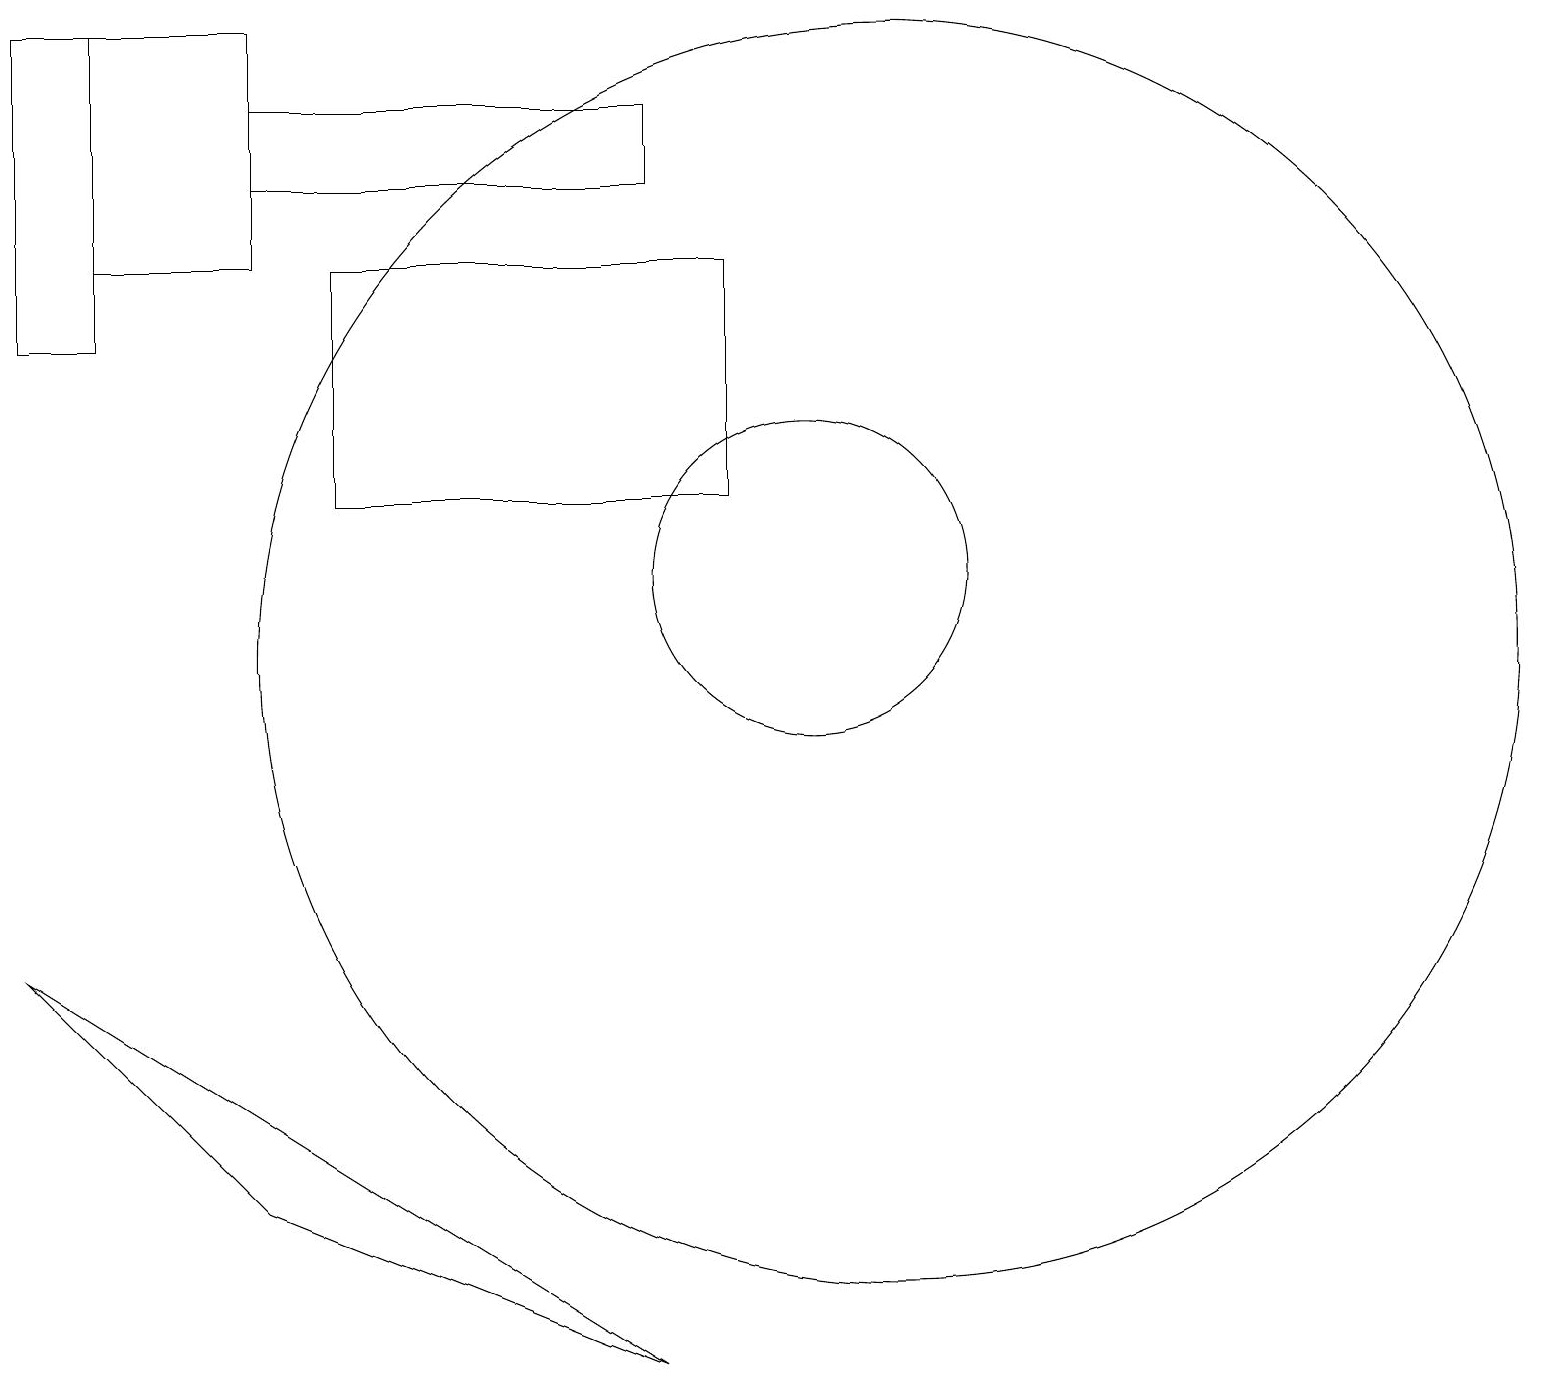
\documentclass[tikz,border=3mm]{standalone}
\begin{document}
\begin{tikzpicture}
\draw (1,15) rectangle (3,18);
\draw (0,18) rectangle (1,14);
\draw (8,1) -- (0,6) -- (3,3) -- cycle;
\draw (11,10) circle (8);
\draw (10,11) circle (2);
\draw (9,15) rectangle (4,12);
\draw (3,17) rectangle (8,16);
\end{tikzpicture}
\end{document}